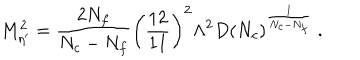
LaTeX: M _ { \eta ^ { \prime } } ^ { 2 } = \frac { 2 N _ { f } } { N _ { c } - N _ { f } } \left( \frac { 1 2 } { 1 1 } \right) ^ { 2 } \Lambda ^ { 2 } D \left( N _ { c } \right) ^ { \frac { 1 } { N _ { c } - N _ { f } } } \ .